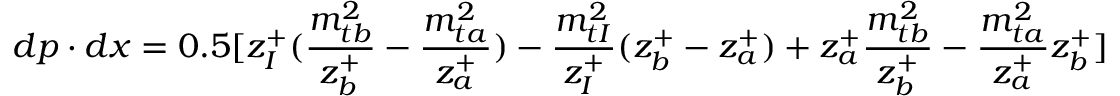
d p \cdot d x = 0 . 5 [ z _ { I } ^ { + } ( \frac { m _ { t b } ^ { 2 } } { z _ { b } ^ { + } } - \frac { m _ { t a } ^ { 2 } } { z _ { a } ^ { + } } ) - \frac { m _ { t I } ^ { 2 } } { z _ { I } ^ { + } } ( z _ { b } ^ { + } - z _ { a } ^ { + } ) + z _ { a } ^ { + } \frac { m _ { t b } ^ { 2 } } { z _ { b } ^ { + } } - \frac { m _ { t a } ^ { 2 } } { z _ { a } ^ { + } } z _ { b } ^ { + } ]